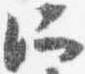
所